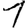
Digit: 1